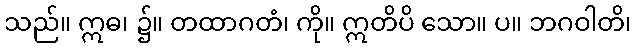
သည်။ ဣဓ၊ ၌။ တထာဂတံ၊ ကို။ ဣတိပိ သော။ ပ။ ဘဂဝါတိ၊